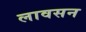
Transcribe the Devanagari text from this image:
लावसन